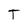
Character: T